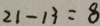
2 1 - 1 3 = 8